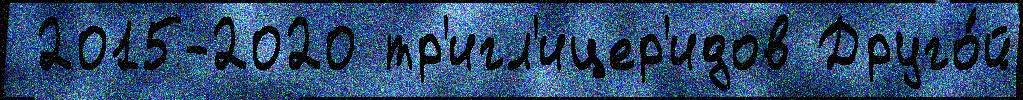
 2015-2020 тр'игл'ицер'идов Друго́й